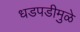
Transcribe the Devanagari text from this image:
धडपडीमुळे